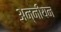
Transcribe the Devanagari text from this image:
अन्नीयन